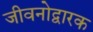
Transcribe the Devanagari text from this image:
जीवनोद्वारक